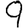
Digit: 9